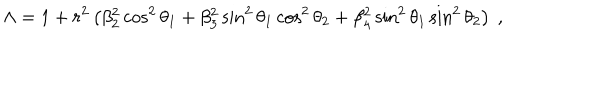
\Lambda = 1 + r ^ { 2 } \left( \beta _ { 2 } ^ { 2 } \cos ^ { 2 } \theta _ { 1 } + \beta _ { 3 } ^ { 2 } \sin ^ { 2 } \theta _ { 1 } \cos ^ { 2 } \theta _ { 2 } + \beta _ { 4 } ^ { 2 } \sin ^ { 2 } \theta _ { 1 } \sin ^ { 2 } \theta _ { 2 } \right) ~ ,